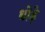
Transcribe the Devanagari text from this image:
धोड़े